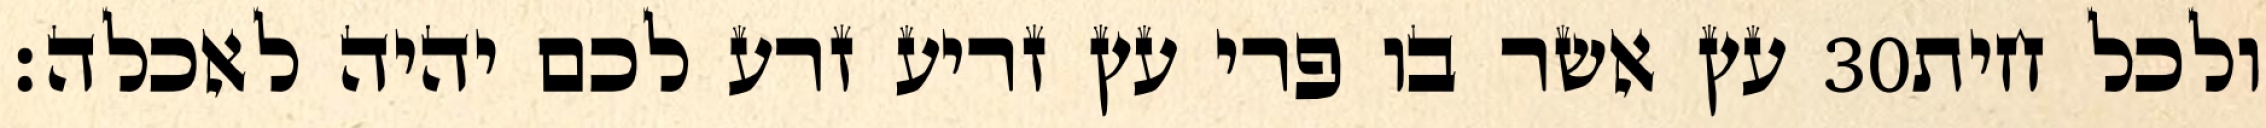
עץ אשר בו פרי עץ זריע זרע לכם יהיה לאכלה׃ ‎30‏ ולכל חית